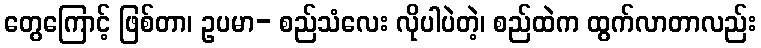
တွေကြောင့် ဖြစ်တာ၊ ဥပမာ- စည်သံလေး လိုပါပဲတဲ့၊ စည်ထဲက ထွက်လာတာလည်း